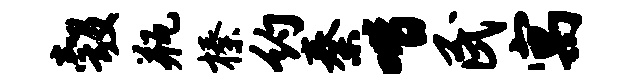
彀瓶榛约秦喈民寓